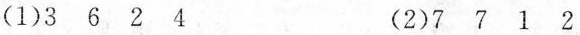
(1)3 6 2 4 (2)7 7 1 2